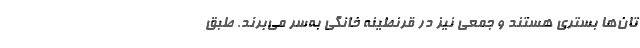
تان‌ها بستری هستند و جمعی نیز در قرنطینه خانگی به‌سر می‌برند. طبق